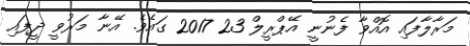
މަރާލާފައި އޮއްވާ ފެނުނީ އޭޕްރީލް 23 2017 ގައެވެ. އޭނާ މަރުވީ ދީފައި